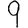
Digit: 9